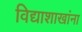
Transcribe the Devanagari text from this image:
विद्याशाखांना